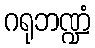
ဂရုဘဏ္ဍံ